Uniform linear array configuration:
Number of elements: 4
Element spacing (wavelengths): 0.5
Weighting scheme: uniform
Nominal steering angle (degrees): -15
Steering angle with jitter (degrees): -14.067
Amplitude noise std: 0.05
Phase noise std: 0.05

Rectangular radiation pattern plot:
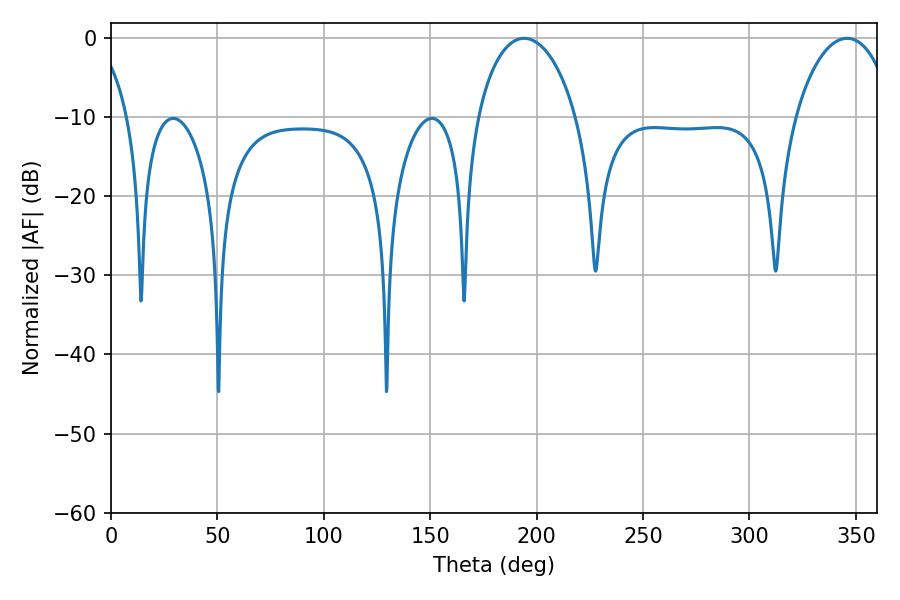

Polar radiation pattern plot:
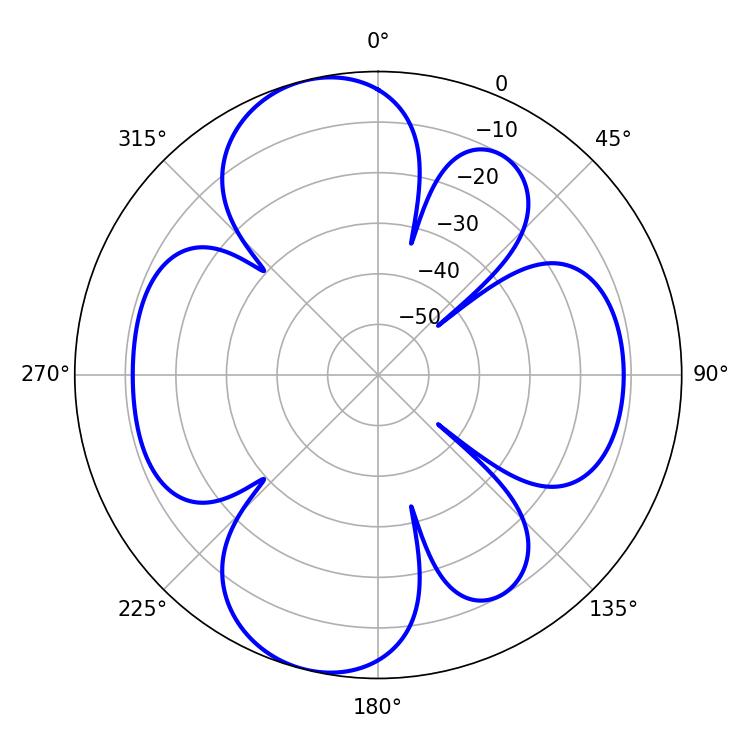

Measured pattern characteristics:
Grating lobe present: FALSE
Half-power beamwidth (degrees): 26.64
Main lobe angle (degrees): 194.04